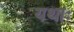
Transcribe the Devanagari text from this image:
यथाः